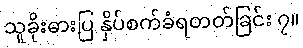
သူခိုးဓားပြ နှိပ်စက်ခံရတတ်ခြင်း ၇။